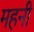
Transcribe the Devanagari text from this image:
महनी